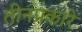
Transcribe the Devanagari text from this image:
तीनप्रकारे